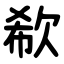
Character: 欷